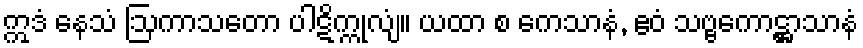
ဣဒံ နေသံ ဩကာသတော ပါဋိက္ကုလျံ။ ယထာ စ ကေသာနံ, ဧဝံ သဗ္ဗကောဋ္ဌာသာနံ